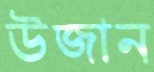
উজান